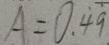
A = 0 . \dot { 4 } \dot { 9 }